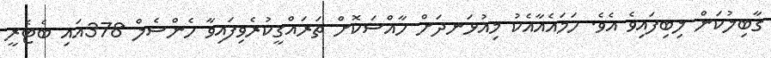
ގާބިލުކަން ލިބިފައިވެ އެވެ. ހަމައެއާއެކު މިއުޅަނދަށް ހާއްސަކޮށް ތަރައްގީކުރެވިފައިވާ ހެންސެލް 378އައި ބެޓެރީ